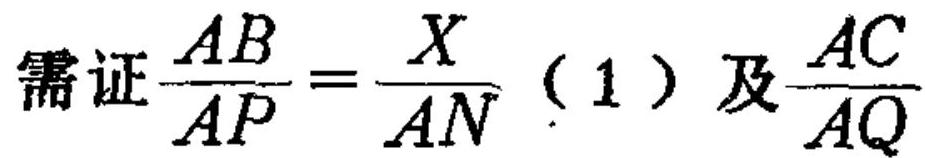
需证$\frac{AB}{AP}=\frac{X}{AN}$（1）及$\frac{AC}{AQ}$